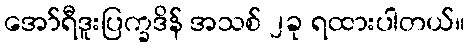
အော်ရီဒူးပြက္ခဒိန် အသစ် ၂ခု ရထားပါတယ်။